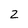
Character: 2